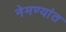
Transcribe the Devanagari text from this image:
नेमण्यांत